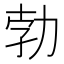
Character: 勃